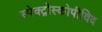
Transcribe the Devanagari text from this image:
स्पेक्ट्रोस्कोपीविद